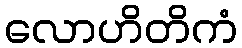
လောဟိတိကံ